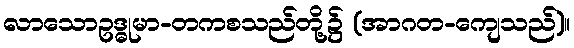
လာသောဥဒ္ဓုမာ-တကစသည်တို့၌ (အာဂတ-ကျေသည်)။